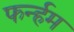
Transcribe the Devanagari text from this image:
फर्न्हम